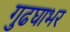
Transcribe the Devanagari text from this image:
गुढघाभर